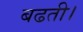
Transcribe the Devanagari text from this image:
बढती।